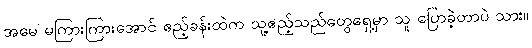
အမေ မကြားကြားအောင် ဧည့်ခန်းထဲက သူ့ဧည့်သည်တွေရှေ့မှာ သူ ပြောခဲ့တာပဲ သား။